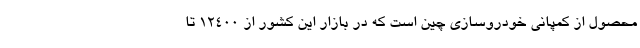
محصول از کمپانی خودروسازی چین است که در بازار این کشور از 12400 تا